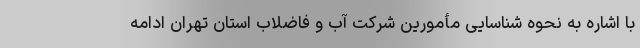
با اشاره به نحوه شناسایی مأمورین شرکت آب و فاضلاب استان تهران ادامه